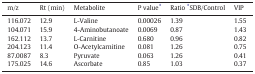
| m/z | Rt (min) | Metabolite | P value⁎ | Ratio ⁎SDB/Control | VIP |
 | --- | --- | --- | --- | --- | --- |
 | 116.072 | 12.9 | L-Valine | 0.00026 | 1.39 | 1.55 |
 | 104.071 | 15.9 | 4-Aminobutanoate | 0.0069 | 0.87 | 1.43 |
 | 162.112 | 13.7 | L-Carnitine | 0.680 | 0.96 | 0.82 |
 | 204.123 | 11.4 | O-Acetylcarnitine | 0.081 | 1.26 | 0.75 |
 | 87.0087 | 8.3 | Pyruvate | 0.063 | 1.26 | 0.41 |
 | 175.025 | 14.6 | Ascorbate | 0.85 | 1.03 | 0.37 |